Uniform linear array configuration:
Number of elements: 32
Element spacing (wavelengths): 0.25
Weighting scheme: hann
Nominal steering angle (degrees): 0
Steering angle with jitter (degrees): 0.4179
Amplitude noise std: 0.05
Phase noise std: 0.05

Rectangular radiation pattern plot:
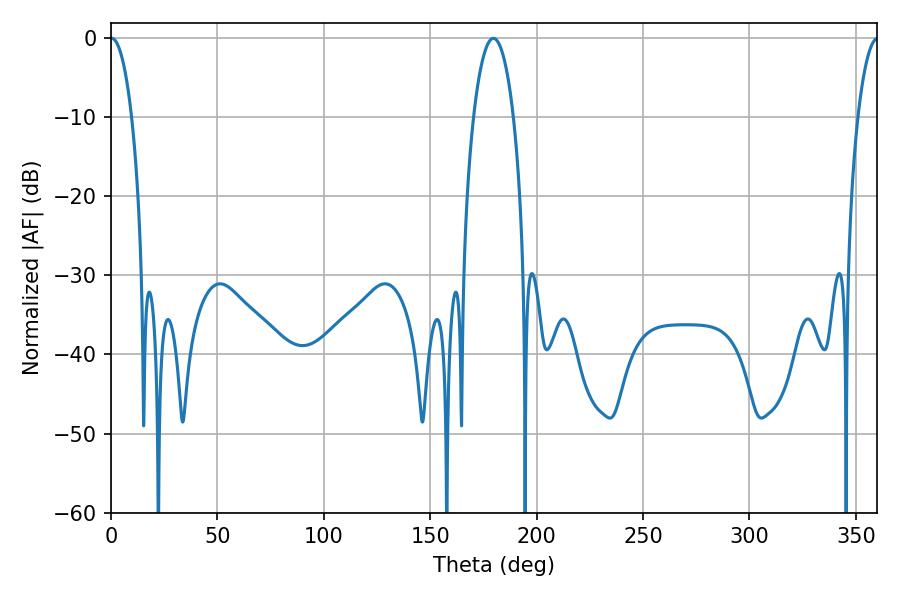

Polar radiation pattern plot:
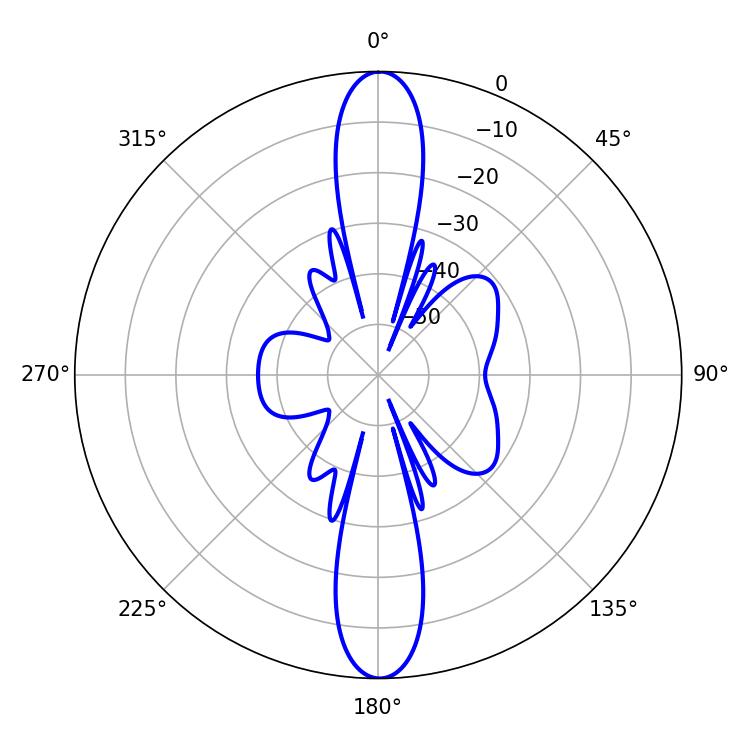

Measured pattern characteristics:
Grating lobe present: FALSE
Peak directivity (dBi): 29.121
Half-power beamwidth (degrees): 5.58
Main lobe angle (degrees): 0.36